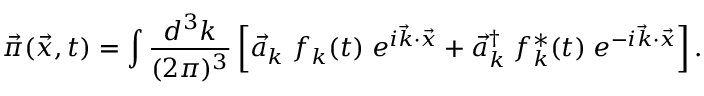
\vec { \pi } ( \vec { x } , t ) = \int \frac { d ^ { 3 } k } { ( 2 \pi ) ^ { 3 } } \left[ { \vec { a } } _ { k } \; f _ { k } ( t ) \; e ^ { i \vec { k } \cdot \vec { x } } + { \vec { a } } _ { k } ^ { \dagger } \; f _ { k } ^ { * } ( t ) \; e ^ { - i \vec { k } \cdot \vec { x } } \right] .